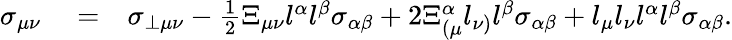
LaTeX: \begin{array}{rlr}{\sigma_{\mu\nu}}&{{}=}&{\sigma_{\perp\mu\nu}-\frac{1}{2}\Xi_{\mu\nu}l^{\alpha}l^{\beta}\sigma_{\alpha\beta}+2\Xi_{(\mu}^{\alpha}l_{\nu)}l^{\beta}\sigma_{\alpha\beta}+l_{\mu}l_{\nu}l^{\alpha}l^{\beta}\sigma_{\alpha\beta}.}\end{array}